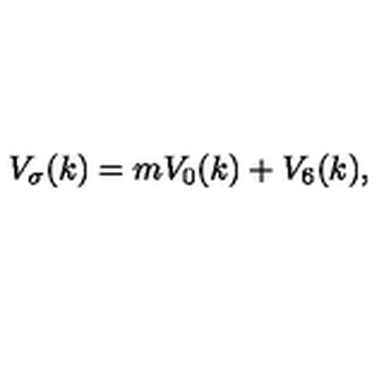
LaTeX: V _ { \sigma } ( k ) = m V _ { 0 } ( k ) + V _ { 6 } ( k ) ,